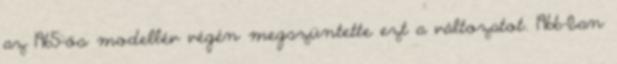
az 1965-ös modellév végén megszüntette ezt a változatot. 1966-ban